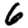
Digit: 6